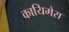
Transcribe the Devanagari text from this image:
कायिमेरा